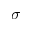
\sigma